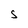
Character: S